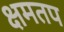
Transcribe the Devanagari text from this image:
क्षमतप